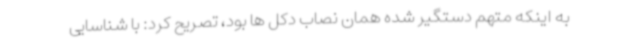
به اینکه متهم دستگیر شده همان نصاب دکل ها بود، تصریح کرد: با شناسایی